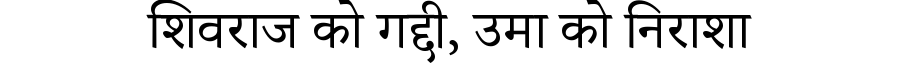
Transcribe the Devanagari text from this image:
शिवराज को गद्दी, उमा को निराशा